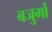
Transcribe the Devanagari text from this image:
बजुर्गों